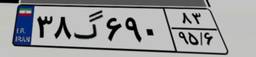
۳۸گ۶۹۰۸۳